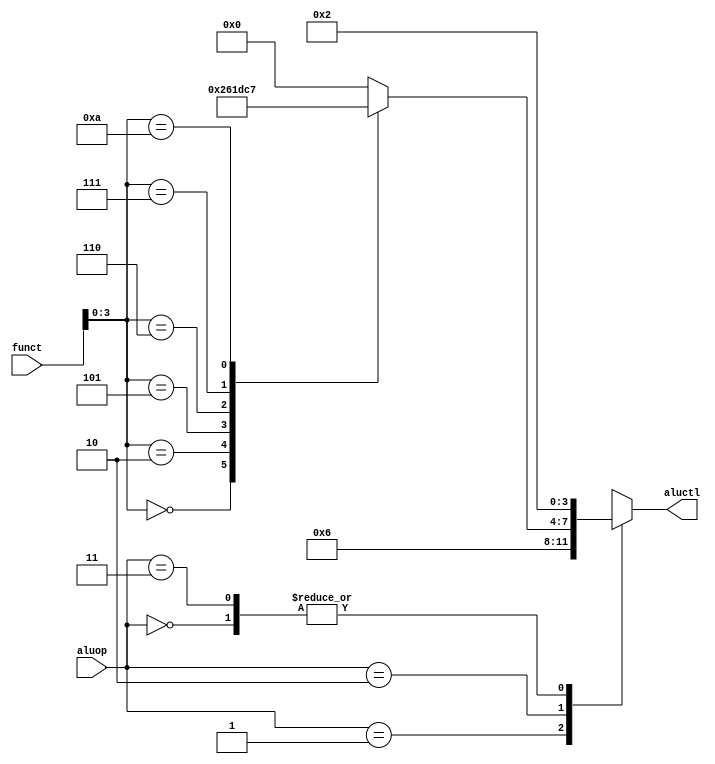
`timescale 1ns / 1ps
//////////////////////////////////////////////////////////////////////////////////
//Connie Zhou and Anuska Rungta
//////////////////////////////////////////////////////////////////////////////////


module alu_control(funct,aluop,aluctl);
    input wire [5:0] funct;
    input wire [1:0] aluop;
    output reg [3:0] aluctl;

	reg [3:0] _funct;

	always @(*) begin
		case(funct[3:0])
			4'd0:  _funct = 4'd2;	/* add */
			4'd2:  _funct = 4'd6;	/* sub */
			4'd5:  _funct = 4'd1;	/* or */
			4'd6:  _funct = 4'd13;	/* xor */
			4'd7:  _funct = 4'd12;	/* nor */
			4'd10: _funct = 4'd7;	/* slt */
			default: _funct = 4'd0;
		endcase
	end

	always @(*) begin
		case(aluop)
			2'd0: aluctl = 4'd2;	/* add */
			2'd1: aluctl = 4'd6;	/* sub */
			2'd2: aluctl = _funct;
			2'd3: aluctl = 4'd2;	/* add */
			default: aluctl = 0;
		endcase
	end

endmodule